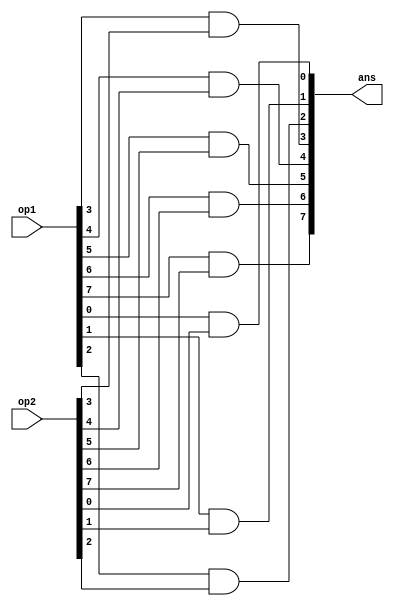
`timescale 1ns/1ps

module bit_and(input[7:0] op1, input[7:0] op2, output[7:0] ans);

	// Bitwise AND of two 8-bit binary numbers

	and(ans[0], op1[0], op2[0]);
	and(ans[1], op1[1], op2[1]);
	and(ans[2], op1[2], op2[2]);
	and(ans[3], op1[3], op2[3]);
	and(ans[4], op1[4], op2[4]);
	and(ans[5], op1[5], op2[5]);
	and(ans[6], op1[6], op2[6]);
	and(ans[7], op1[7], op2[7]);

endmodule